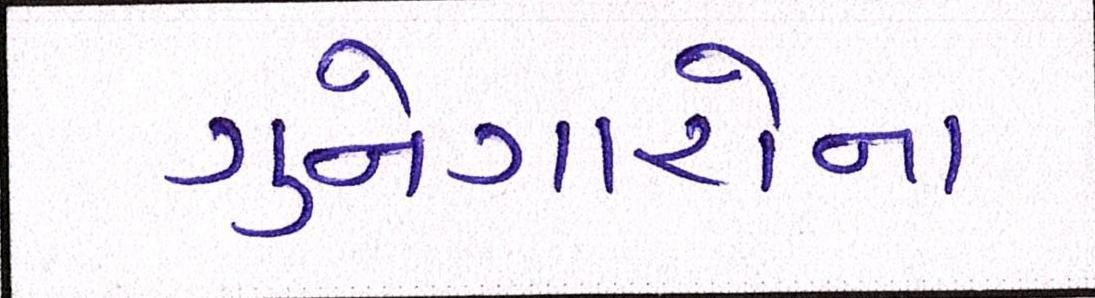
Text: ગુનેગારોના